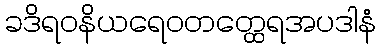
ခဒိရဝနိယရေဝတတ္ထေရအပဒါနံ